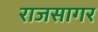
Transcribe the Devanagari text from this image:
राजसागर